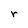
Character: r